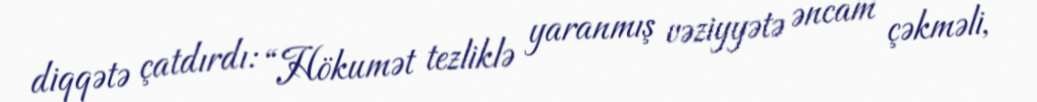
diqqətə çatdırdı: “Hökumət tezliklə yaranmış vəziyyətə əncam çəkməli,